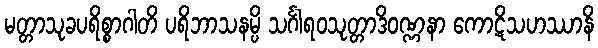
မတ္တာသုခပရိစ္စာဂါတိ ပရိဘာသနမ္ပိ သင်္ဂါရဝသုတ္တာဒိဝဏ္ဏနာ ကောဋိသဟဿာနိ